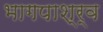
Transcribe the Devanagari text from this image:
भागपाश्र्व